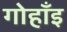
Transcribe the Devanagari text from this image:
गोहाँइ